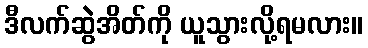
ဒီလက်ဆွဲအိတ်ကို ယူသွားလို့ရမလား။